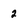
Character: 2